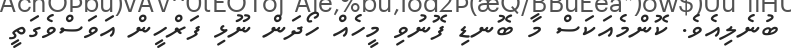
ބުނެލިއެވެ. ކޮންމެއަކަސް މާ ބޮނޑި ފޮނުވި މީހެއް ހޯދަން ނޫޅި ފަރްހީން އަވަސްވެގަތީ